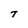
Character: T